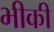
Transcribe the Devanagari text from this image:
भीकी